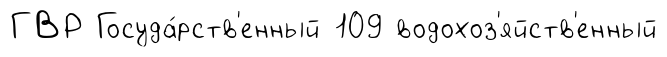
ГВР Госуда́рств'енный 109 водохоз'яйств'енный